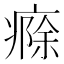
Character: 㾻